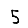
Digit: 5